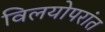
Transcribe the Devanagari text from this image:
विलयोपरांत